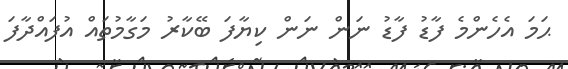
ޙަމަ އެހެންމެ ފާޑު ފާޑު ނަން ނަން ކިޔާފަ ބޭކާރު މަގާމުތައް އުފައްދާފަ